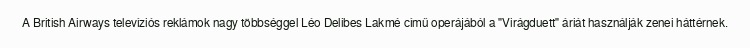
A British Airways televíziós reklámok nagy többséggel Léo Delibes Lakmé című operájából a "Virágduett" áriát használják zenei háttérnek.